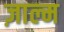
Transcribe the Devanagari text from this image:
ज़ाल्म